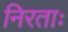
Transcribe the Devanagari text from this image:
निरताः